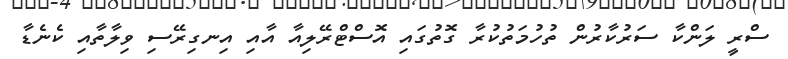
ސްރީ ލަންކާ ސަރުކާރުން ތުހުމަތުކުރާ ގޮތުގައި އޮސްޓްރޭލިއާ އާއި އިނގިރޭސި ވިލާތާއި ކެނެޑާ